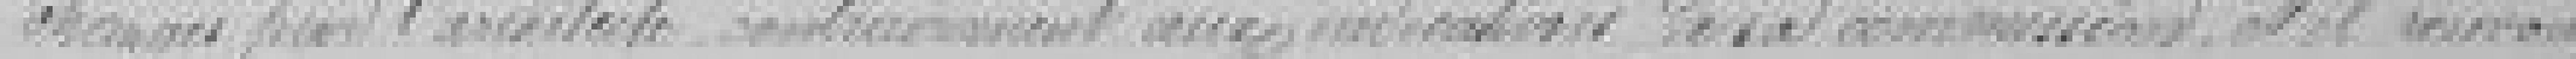
changés par l'architecte contrairement aux indications de la commission et il ?